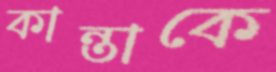
কান্তাকে